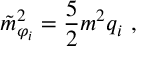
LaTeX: \tilde { m } _ { \varphi _ { i } } ^ { 2 } = \frac { 5 } { 2 } m ^ { 2 } q _ { i } ~ ,